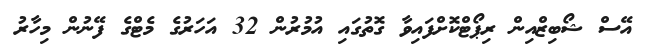
އޭސް ޝޯބިޒްއިން ރިޕޯޓްކޮށްފައިވާ ގޮތުގައި އުމުރުން 32 އަހަރުގެ މެޓްގެ ފޭނުން މިހާރު